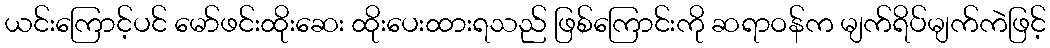
ယင်းကြောင့်ပင် မော်ဖင်းထိုးဆေး ထိုးပေးထားရသည် ဖြစ်ကြောင်းကို ဆရာဝန်က မျက်ရိပ်မျက်ကဲဖြင့်